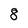
Character: 8